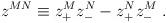
LaTeX: \begin{align*}z^{MN}\equiv z_{+}^{M}z_{-}^{N} - z_{+}^{N} z_{-}^{M}\ . \end{align*}